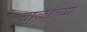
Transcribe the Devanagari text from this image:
बाळांच्या